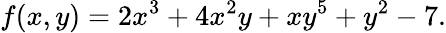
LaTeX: f(x,y)=2x^{3}+4x^{2}y+xy^{5}+y^{2}-7.